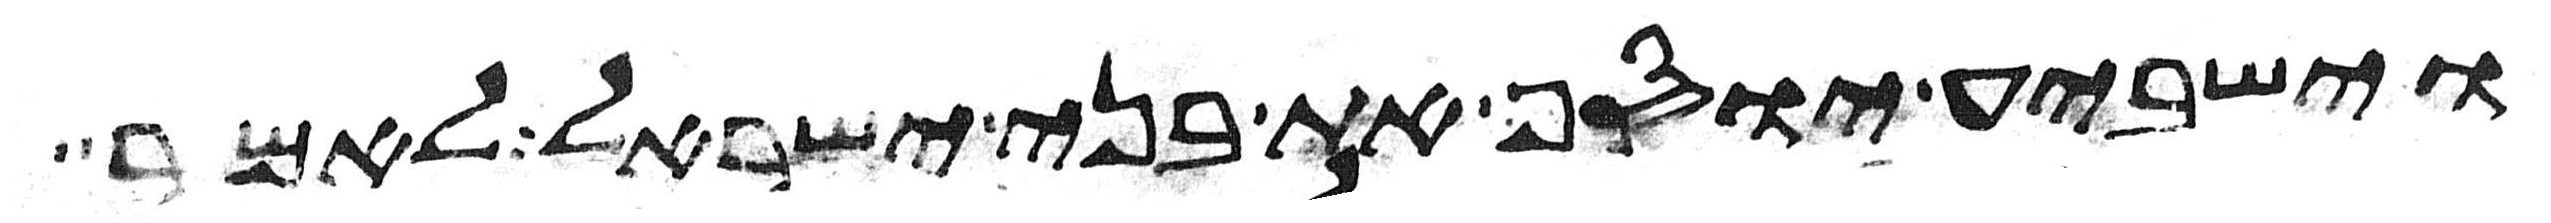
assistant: וישביע יוסף את בני ישראל לאמר